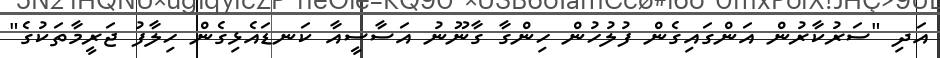
އަދި "ސަރުކާރުން އަންގައިގެން ފުލުހުން ހިންގާ ގާނޫނު އަސާސީއާ ކަނޑައެޅިގެން ހިލާފު ޖަރީމާތަކުގެ"